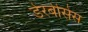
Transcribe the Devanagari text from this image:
डेरबीसेस